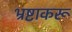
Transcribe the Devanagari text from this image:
भ्रष्टाकरू